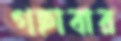
গছাবার